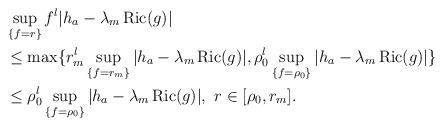
LaTeX: \begin{align*} &\sup _{\{f=r\}} f^l|h_a-\lambda_m\operatorname{Ric}(g)| \\ &\leq \max\{ r_m^l \sup _{\{f=r_m\}}|h_a-\lambda_m\operatorname{Ric}(g)|,\rho_0^l \sup _{\{f=\rho_0\}}|h_a-\lambda_m\operatorname{Ric}(g)|\}\\ &\leq \rho_0^l \sup _{\{f=\rho_0\}}|h_a-\lambda_m\operatorname{Ric}(g)|, ~r\in[\rho_0,r_m]. \end{align*}